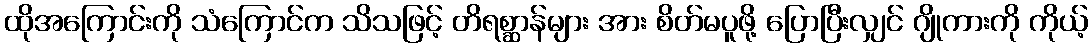
ထိုအကြောင်းကို သံကြောင်က သိသဖြင့် တိရစ္ဆာန်များ အား စိတ်မပူဖို့ ပြောပြီးလျှင် ဂျိုကားကို ကိုယ့်